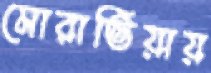
মোরাভিয়ায়